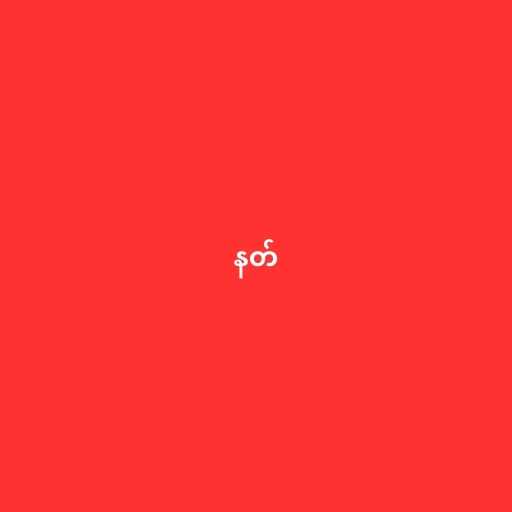
နတ်